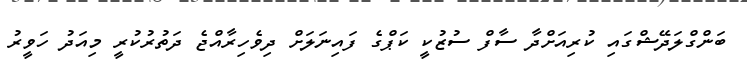
ބަންގްލަދޭޝްގައި ކުރިއަށްދާ ސާފް ސުޒުކީ ކަޕްގެ ފައިނަލަށް ދިވެހިރާއްޖެ ދަތުރުކުރީ މިއަދު ހަވީރު